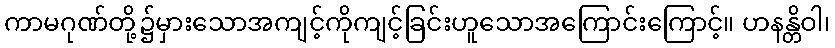
ကာမဂုဏ်တို့၌မှားသောအကျင့်ကိုကျင့်ခြင်းဟူသောအကြောင်းကြောင့်။ ဟနန္တိဝါ၊